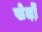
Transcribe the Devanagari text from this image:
खेल़ो़ं